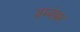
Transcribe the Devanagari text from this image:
जम्बेश्वर